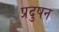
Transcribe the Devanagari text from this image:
प्रदुषन